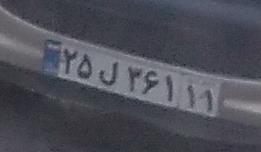
۲۵ل۳۶۱۱۱